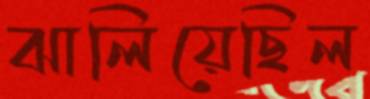
ঝালিয়েছিল